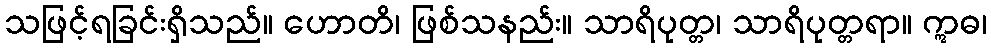
သဖြင့်ရခြင်းရှိသည်။ ဟောတိ၊ ဖြစ်သနည်း။ သာရိပုတ္တ၊ သာရိပုတ္တရာ။ ဣဓ၊